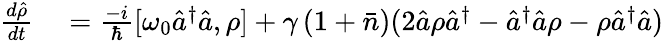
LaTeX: \begin{array}{rl}{\frac{d\hat{\rho}}{dt}}&{{}=\frac{-i}{\hbar}[\omega_{0}\hat{a}^{\dagger}\hat{a},\rho]+\gamma\left(1+\bar{n}\right)(2\hat{a}\rho\hat{a}^{\dagger}-\hat{a}^{\dagger}\hat{a}\rho-\rho\hat{a}^{\dagger}\hat{a})}\end{array}